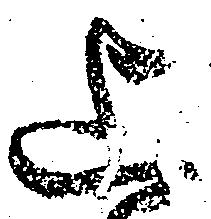
上